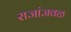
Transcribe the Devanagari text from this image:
राजांजवळ